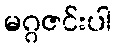
မဂ္ဂဇင်းပါ